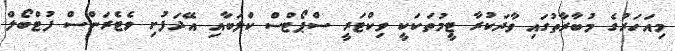
މިއަހަރުގެ މުބާރާތުގައި ވާދަކުރާ ޓީމުތަކަކީ ވިކްޓަރީ ސްޕޯޓްސް ކްލަބާއި އޭދަފުށި ވެޓެރަންސް ފުޓްބޯލް